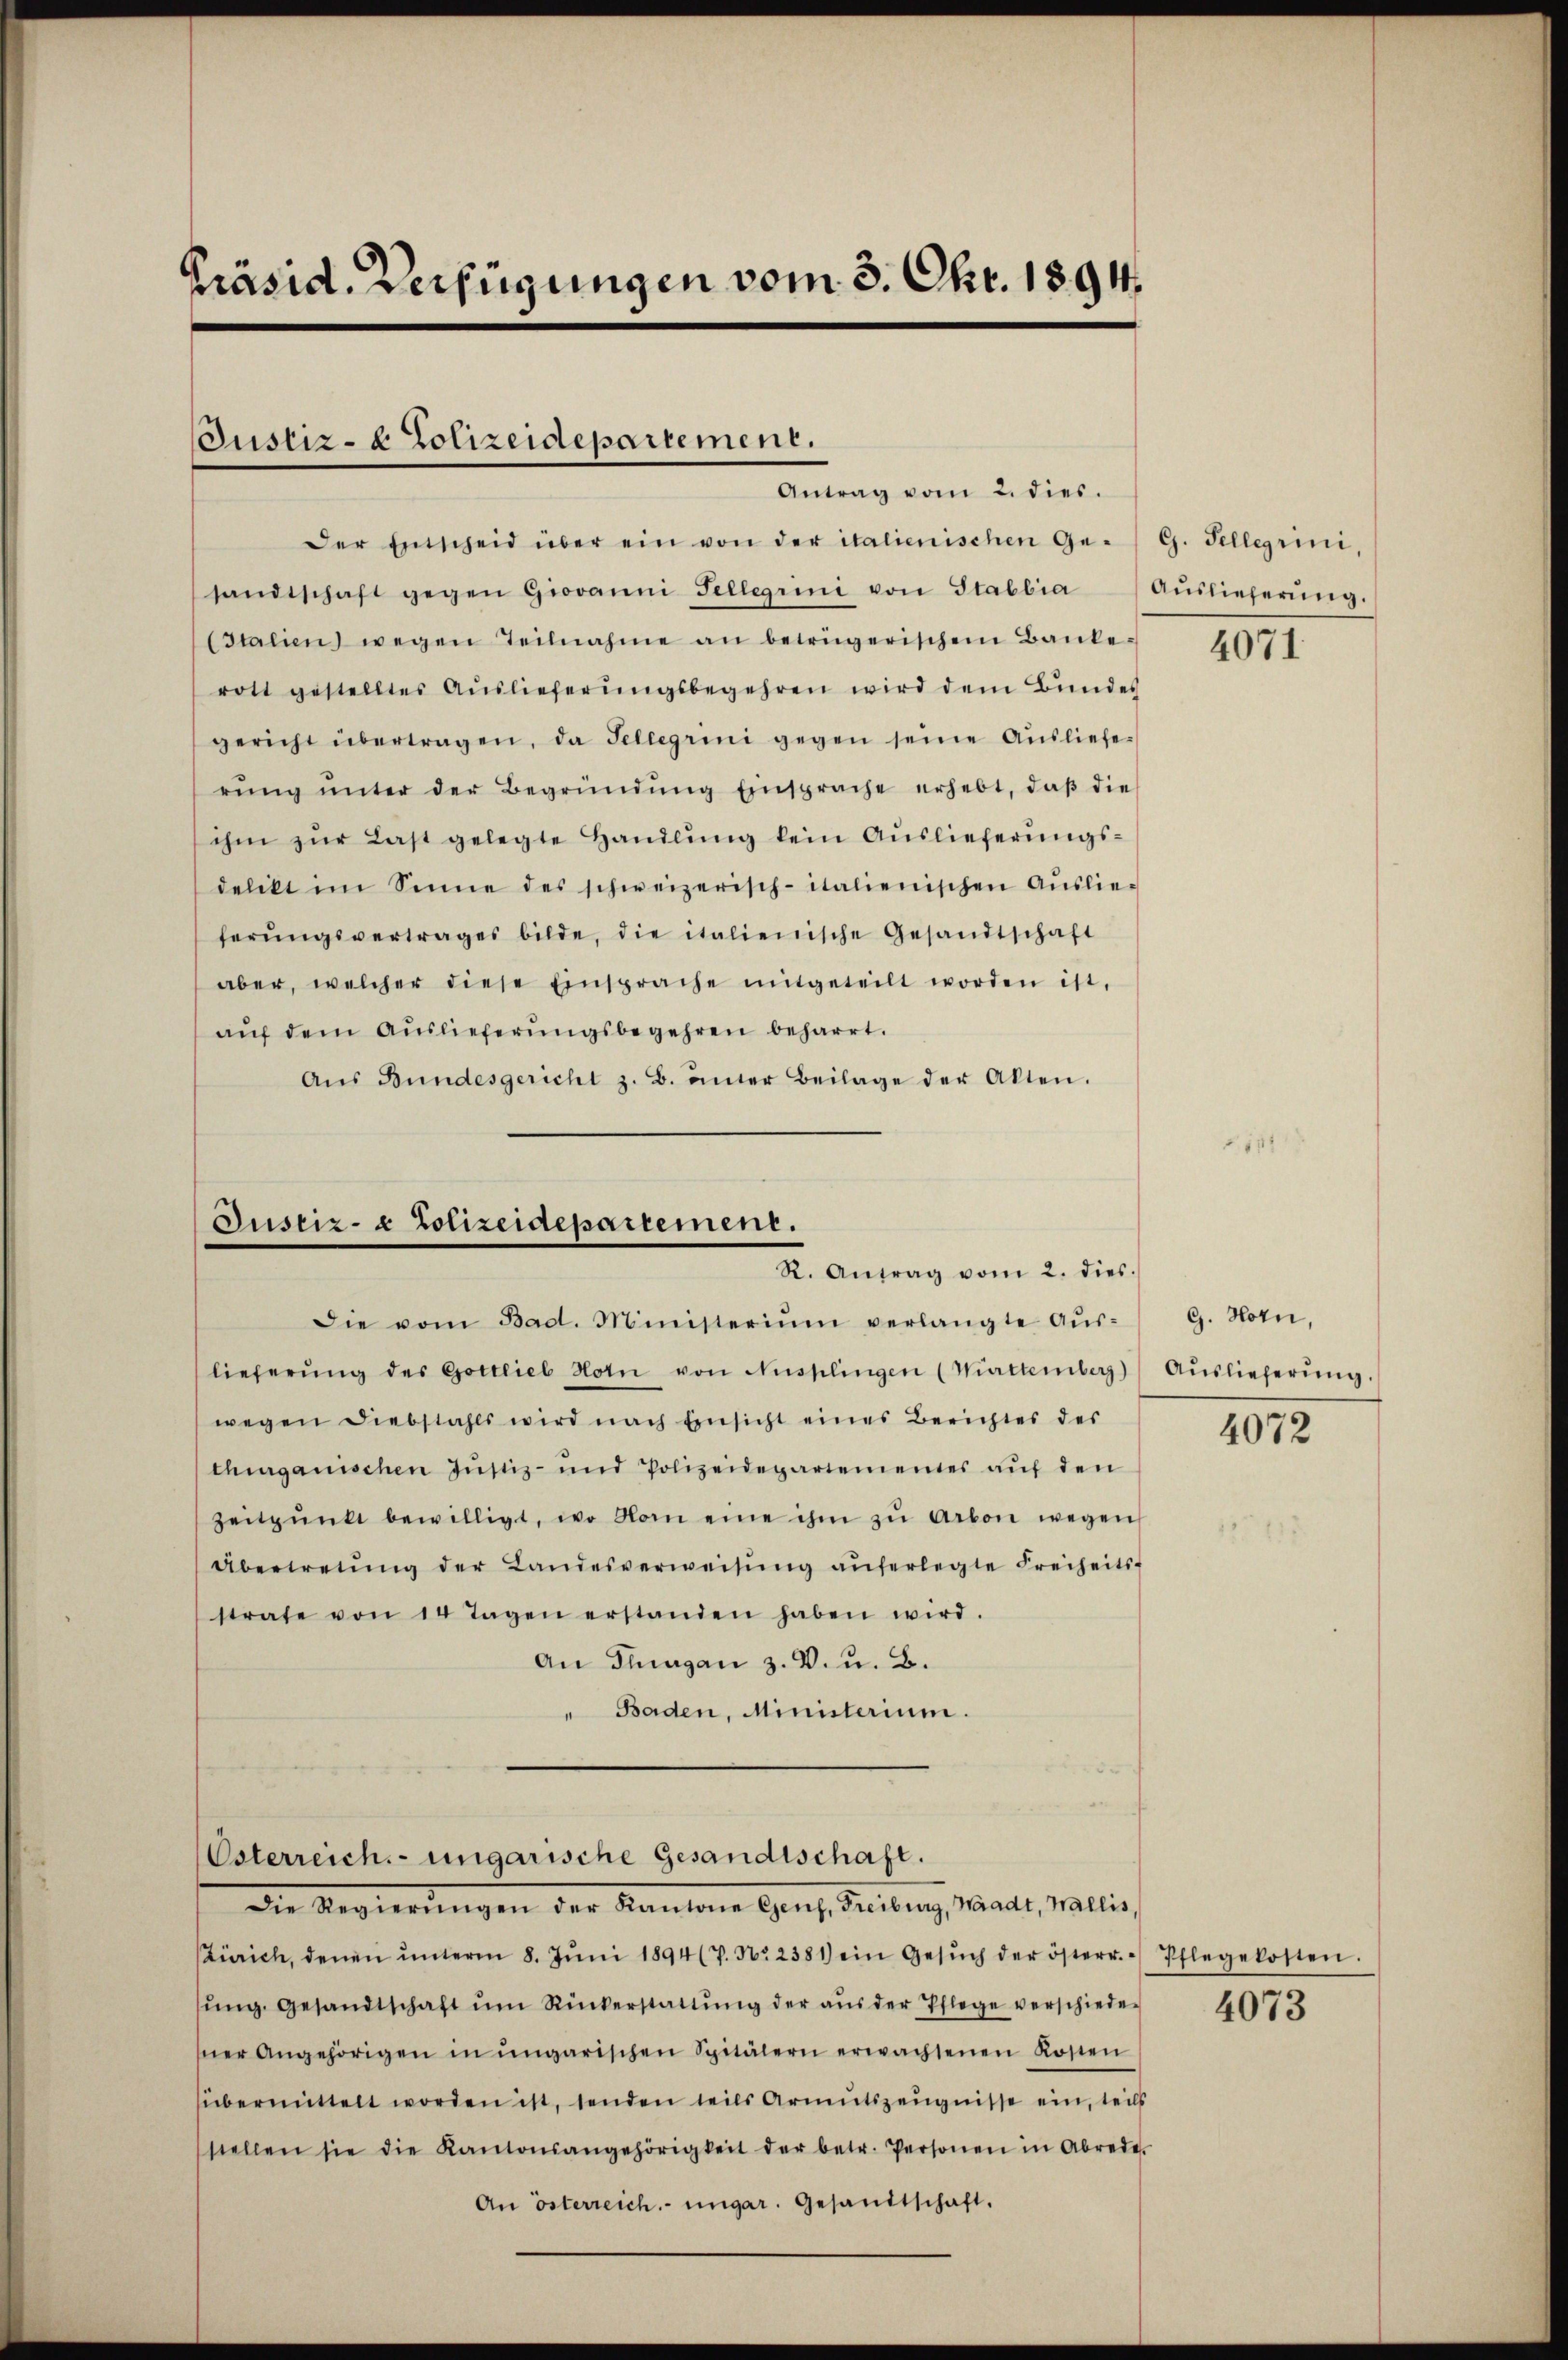
Präsid. Verfügungen vom 3. Okt. 1894.

Justiz- & Polizeidepartement.
Antrag vom 2. dies.

Der Entscheid über ein von der italienischen Ge- G. Tellerini,
sandtschaft gegen Giovanni Fellerini von Stabbia (Aŭslieferŭng.
(Italien) wegen Teilnahme an betrügerischem Bankerott gestelltes Aŭslieferŭngsbegehren wird dem Bundes
gericht übertragen, da Sellerini gegen seine Ausliefe-
rŭng ŭnter der Begründŭng Einsprache erhebt, daβ die
ihm zur Last gelegte Handlung kein Auslieferungsdelikt im Sinne des schweizerisch-italienischen Aŭslie-
ferŭngsvertrages bilde, die italienische Gesandtschaft
aber, welcher diese Einsprache mitgeteilt worden ist,
aŭf dem Auslieferungsbegehren beharrt.
Aŭs Bŭndesgericht z. B. unter Beilage der Akten.

Justiz- & Polizeidepartement.
R. Antrag vom 2. dies.

Osterreich-ungarische Gesandtschaft.
Die Regierungen der Kantone Genf, Freibung, Mart, Wallis,

Die vom Bad. Ministerium verlangte Aŭs-
lieferŭng des Gottlieb Hotn von Nüsplingen (Württemberg)
wegen Diebstahls wird nach Einsicht eines Berichtes des
thurganischen Justiz- und Polizeidepartementes auf den
Zeitpunkt bewilligt, wo vom eine ihm zŭ Arbon wegen
Übertretŭng der Landesverweisŭng aŭferlegte Freiheits-
strafe von 14 Tagen erstanden haben wird.
An Plagan z. B. u. B.
" Baden, Ministerium.

Zürich, denen ŭnterm 8. Jŭni 1894 (7. No. 2381) ein Gesŭch der österr.
ŭng. Gesandtschaft ŭm Rückerstattŭng der aŭs der Pflege verschieder 407
sner Angehörigen in ungarischen Spitälern erwachsenen Kosten
übermittelt worden ist, senden teils Armutszeugnisse ein, teils
stellen sie die Kantonsangehörigkeit der betr. Personen in Abrede.
An österreich. ungar. Gesandtschaft.

4071.

G. Horn,
Auslieferung.

4072

Pflegelosten.